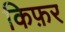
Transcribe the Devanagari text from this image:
किफ़र